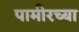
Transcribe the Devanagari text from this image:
पामीरच्या